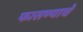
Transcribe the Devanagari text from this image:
फासण्याचे